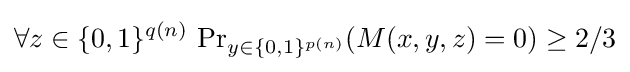
\forall z\in \{0,1\}^{q(n)}\,\Pr \nolimits _{y\in \{0,1\}^{p(n)}}(M(x,y,z)=0)\geq 2/3